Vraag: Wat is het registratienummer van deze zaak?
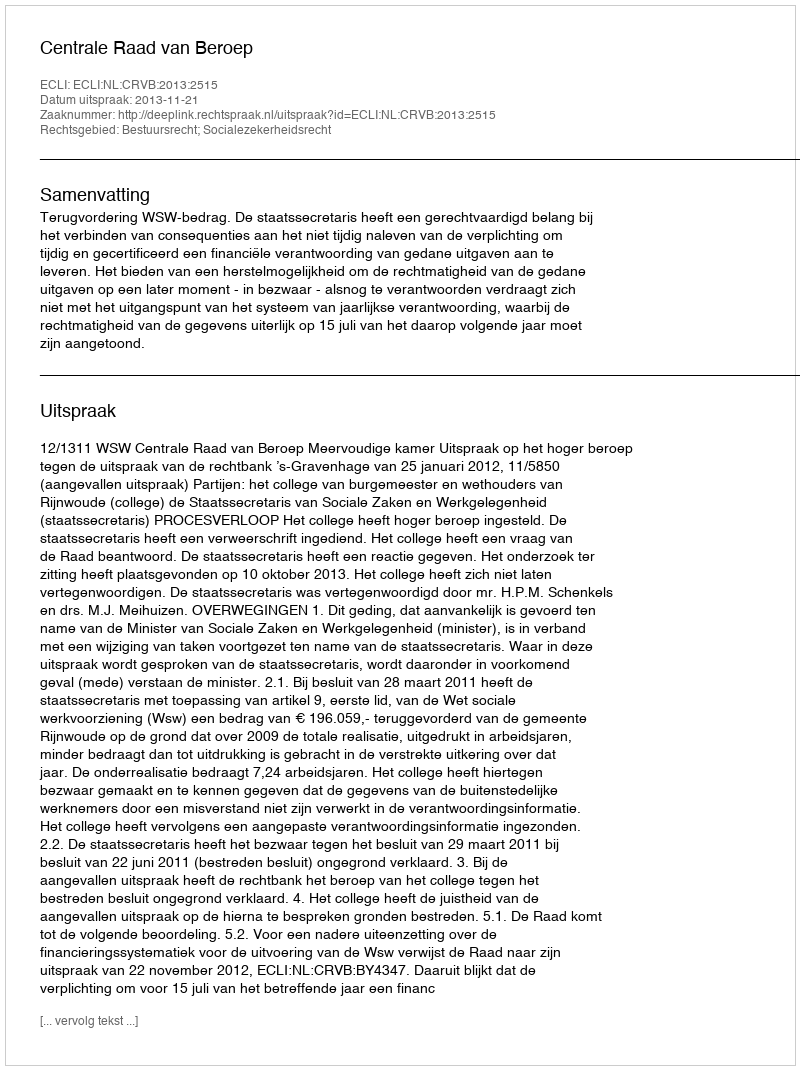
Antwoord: http://deeplink.rechtspraak.nl/uitspraak?id=ECLI:NL:CRVB:2013:2515